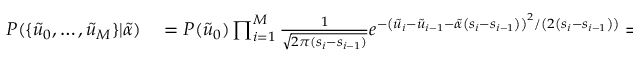
\begin{array} { r l } { P ( \{ \tilde { u } _ { 0 } , \ldots , \tilde { u } _ { M } \} | \tilde { \alpha } ) } & { { } = P ( \tilde { u } _ { 0 } ) \prod _ { i = 1 } ^ { M } \frac { 1 } { \sqrt { 2 \pi ( s _ { i } - s _ { i - 1 } ) } } e ^ { - \left( \tilde { u } _ { i } - \tilde { u } _ { i - 1 } - \tilde { \alpha } \left( s _ { i } - s _ { i - 1 } \right) \right) ^ { 2 } / \left( 2 \left( s _ { i } - s _ { i - 1 } \right) \right) } = } \end{array}